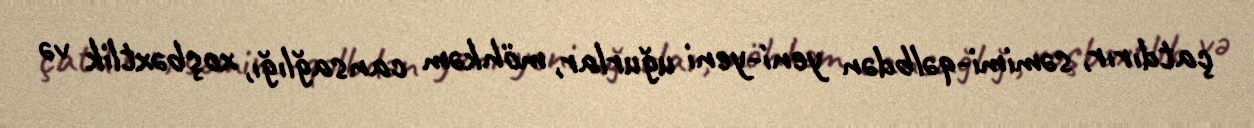
çatdırır, səmimi-qəlbdən yeni-yeni uğurlar, möhkəm cansağlığı, xoşbəxtlik və